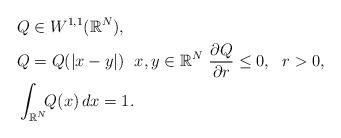
LaTeX: \begin{align*}\begin{aligned}& Q\in W^{1,1}(\mathbb{R}^N),\\& Q = Q(|x-y|) \; \ x,y\in\mathbb{R}^N \ \frac{\partial Q}{\partial r}\leq 0,\ \ r> 0, \\& \int_{\mathbb{R}^N}\!\! Q(x)\, dx = 1.\end{aligned}\end{align*}